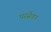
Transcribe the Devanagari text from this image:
परसेवन